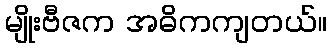
မျိုးဗီဇက အဓိကကျတယ်။